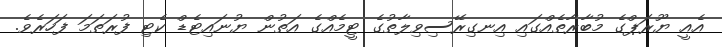
އެއީ ޔޫރަޕްގެ މުބާރާތެއްގައި އިނގިރޭސިވިލާތުގެ ޓީމެއްގެ އަތުން ޔުނައިޓެޑް ކެޓި ފުރަތަމަ ފަހަރެވެ.